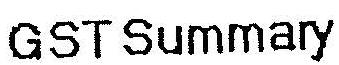
GST SUMMARY